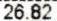
26.82